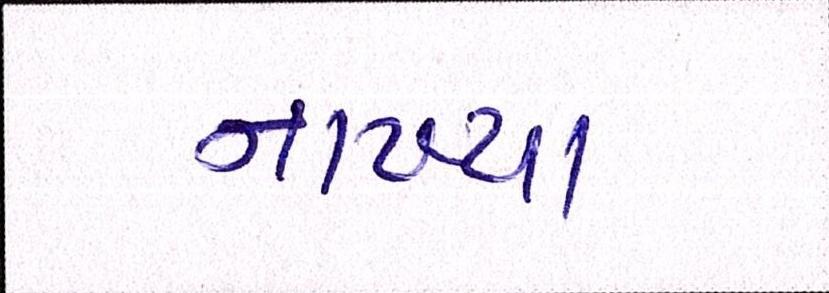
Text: નાખ્યા